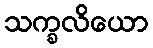
သက္ခလိယော